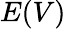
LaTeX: E(V)